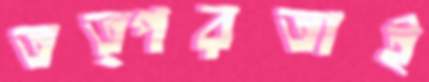
তত্পরতাই